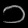
Digit: ၁